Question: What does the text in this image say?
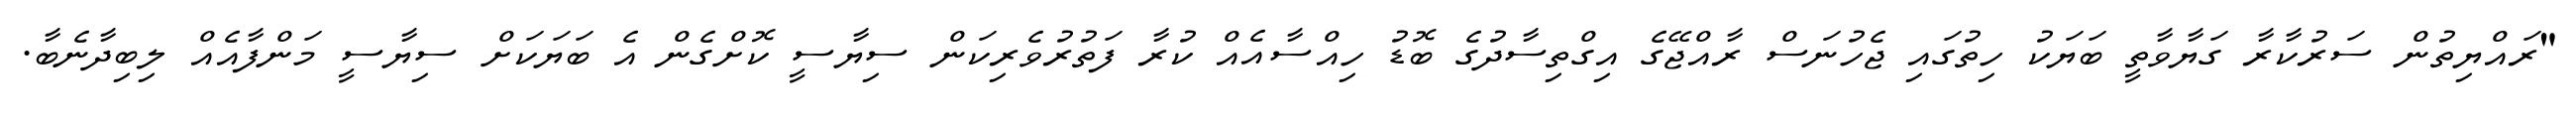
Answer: "ރައްޔިތުން ސަރުކާރާ ގަޔާވާތީ ބަޔަކު ހިތުގައި ޖެހުނަސް ރާއްޖޭގެ އިގްތިސާދުގެ ބޮޑު ހިއްސާއެއް ކުރާ ފަތުރުވެރިކަން ސިޔާސީ ކޮށްގެން އެ ބަޔަކަށް ސިޔާސީ މަންފާއެއް ލިބިދާނެބާ.